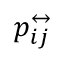
p _ { i j } ^ { \leftrightarrow }